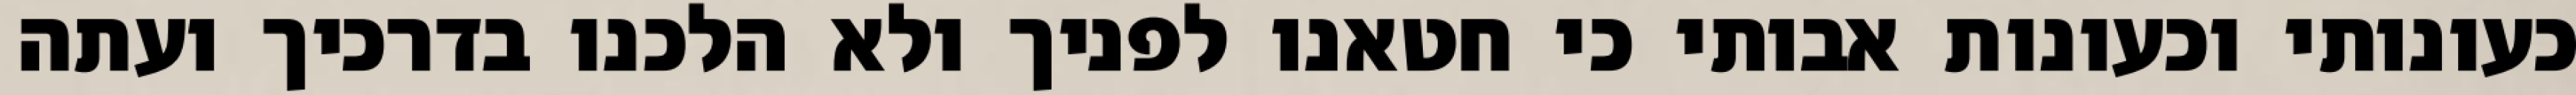
כעונותי וכעונות אבותי כי חטאנו לפניך ולא הלכנו בדרכיך ועתה